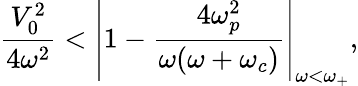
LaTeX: \frac{V_{0}^{2}}{4\omega^{2}}<\left\vert 1-\frac{4\omega_{p}^{2}}{\omega(\omega+\omega_{c})}\right\vert_{\omega<\omega_{+}},